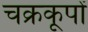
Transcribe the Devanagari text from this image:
चक्रकूपों